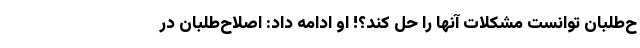
ح‌طلبان توانست مشکلات آنها را حل کند؟! او ادامه داد: اصلاح‌طلبان در